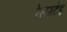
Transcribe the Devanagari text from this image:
रेलगटेड